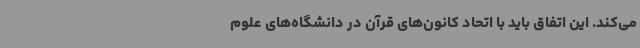
می‌کند. این اتفاق باید با اتحاد کانون‌های قرآن در دانشگاه‌های علوم